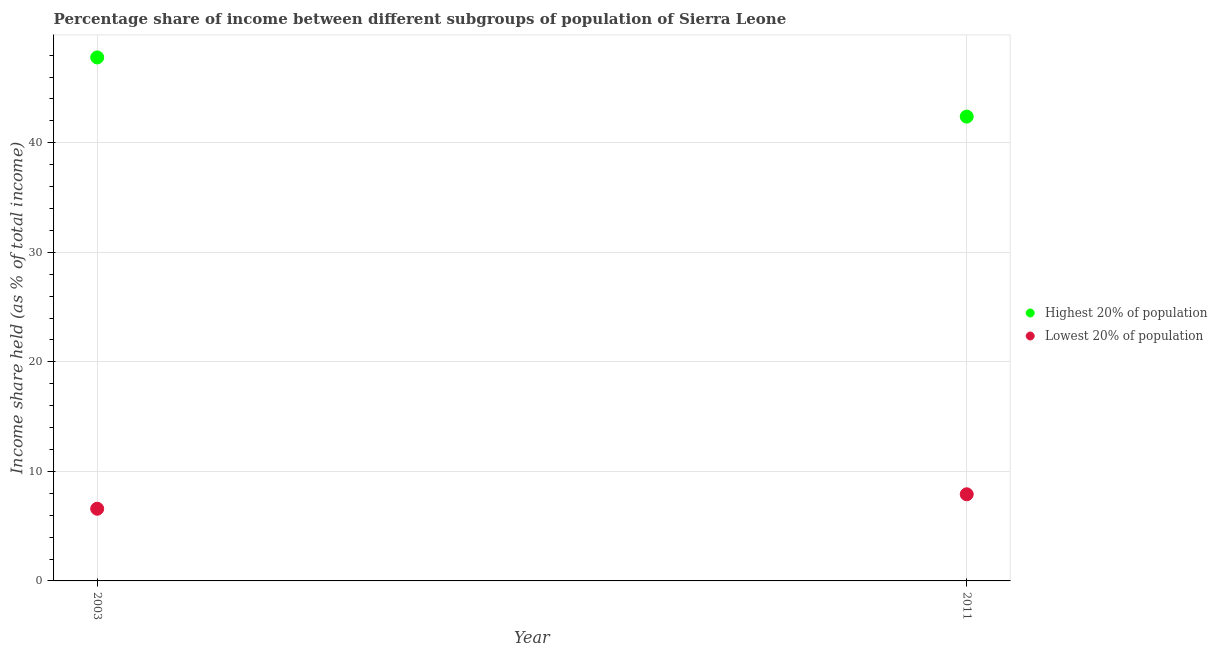
| Year | Highest 20% of population | Lowest 20% of population |
 | --- | --- | --- |
 | 2003 | 47.8 | 6.59 |
 | 2011 | 42.4 | 7.91 |